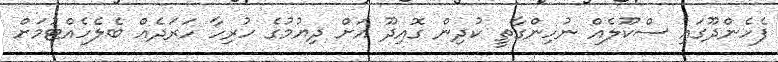
ފެހެންދޫގައި ސްކޫލެއް ނުހިންގާތީ ކުދިން ގޮއިދޫ އަށް ދިޔުމުގެ ހުރިހާ ހަރަދެއް ބެލެހެއްޓުމަށް